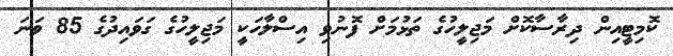
ކޮމިޓީއިން ދިރާސާކޮށް މަޖިލީހުގެ ތަޅުމަށް ފޮނުވި އިސްލާހަކީ މަޖިލީހުގެ ގަވައިދުގެ 85 ވަނަ